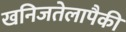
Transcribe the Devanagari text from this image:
खनिजतेलापैकी